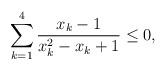
LaTeX: \begin{align*}\sum_{k=1}^{4} \frac{x_k-1}{x_k^2-x_k+1} \le 0,\end{align*}